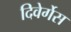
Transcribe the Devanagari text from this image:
दिवेर्गेस